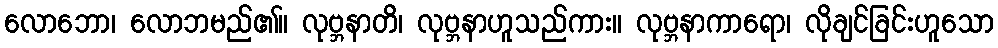
လောဘော၊ လောဘမည်၏။ လုဗ္ဘနာတိ၊ လုဗ္ဘနာဟူသည်ကား။ လုဗ္ဘနာကာရော၊ လိုချင်ခြင်းဟူသော